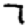
Digit: 7